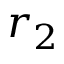
r _ { 2 }